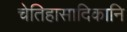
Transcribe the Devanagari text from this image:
चेतिहासादिकानि